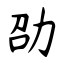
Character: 劭